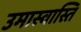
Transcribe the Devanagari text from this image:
उमास्वास्ति